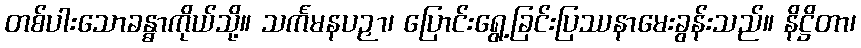
တစ်ပါးသောခန္ဓာကိုယ်သို့။ သင်္ကမနပဉှာ၊ ပြောင်းရွေ့ခြင်းပြဿနာမေးခွန်းသည်။ နိဋ္ဌိတာ၊